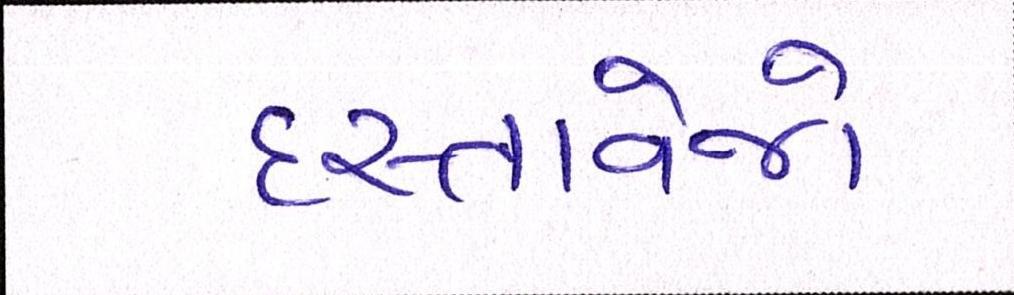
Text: દસ્તાવેજો